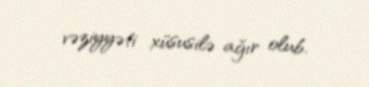
vəziyyəti xüsusilə ağır olub.